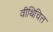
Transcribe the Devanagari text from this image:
वीथिचित्त